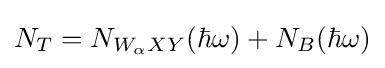
N_{T}=N_{W_{\alpha }XY}(\hbar \omega )+N_{B}(\hbar \omega )